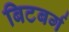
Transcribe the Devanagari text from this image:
बिटबर्ग